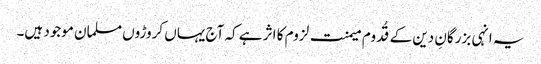
یہ انہی بزرگانِ دین کے قُدوم میمنت لزوم کا اثر ہے کہ آج یہاں کروڑوں مسلمان موجود ہیں۔